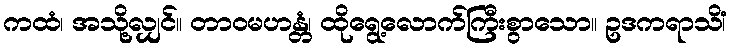
ကထံ၊ အသို့လျှင်။ တာဝမဟန္တံ၊ ထိုရွေ့လောက်ကြီးစွာသော။ ဥဒကရာသိံ၊